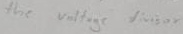
Text: the voltage divisor